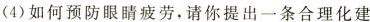
(4)如何预防眼睛疲劳，请你提出一条合理化建